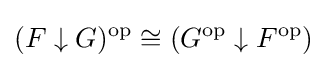
(F\downarrow G)^{\text{op}}\cong (G^{\text{op}}\downarrow F^{\text{op}})